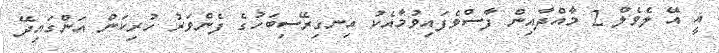
އީ އޭ ލެވެލް 2 މާއްދާއިން ފާސްވެފައިވުމާއެކު އިނގިރޭސިބަހުގެ ފެންވަރު ހުރިކަން އަންގައިދޭ